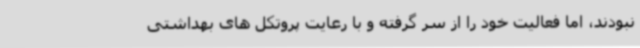
نبودند، اما فعالیت خود را از سر گرفته و با رعایت پروتکل های بهداشتی